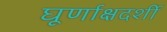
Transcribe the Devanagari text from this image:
घूर्णाक्षदर्शी